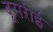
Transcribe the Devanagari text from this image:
दूसऱीई